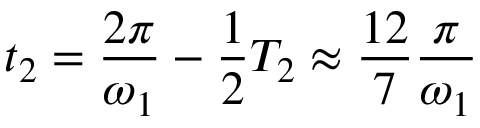
t _ { 2 } = \frac { 2 \pi } { \omega _ { 1 } } - \frac { 1 } { 2 } T _ { 2 } \approx \frac { 1 2 } { 7 } \frac { \pi } { \omega _ { 1 } }